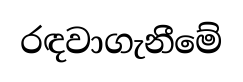
රඳවාගැනීමේ